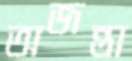
অজন্তা